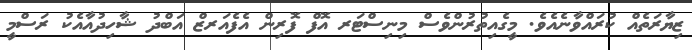
ޒިޔާރަތެއް ކުރައްވާނެއެވެ. މީގެއިތުރުންވެސް މިނިސްޓަރ އޮފް ފޮރިން އެފެއަރޒް އަބްދު ޝާހިދުއާއެކު ރަސްމީ